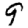
Digit: 9